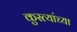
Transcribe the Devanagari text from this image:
कुस्त्यांच्या